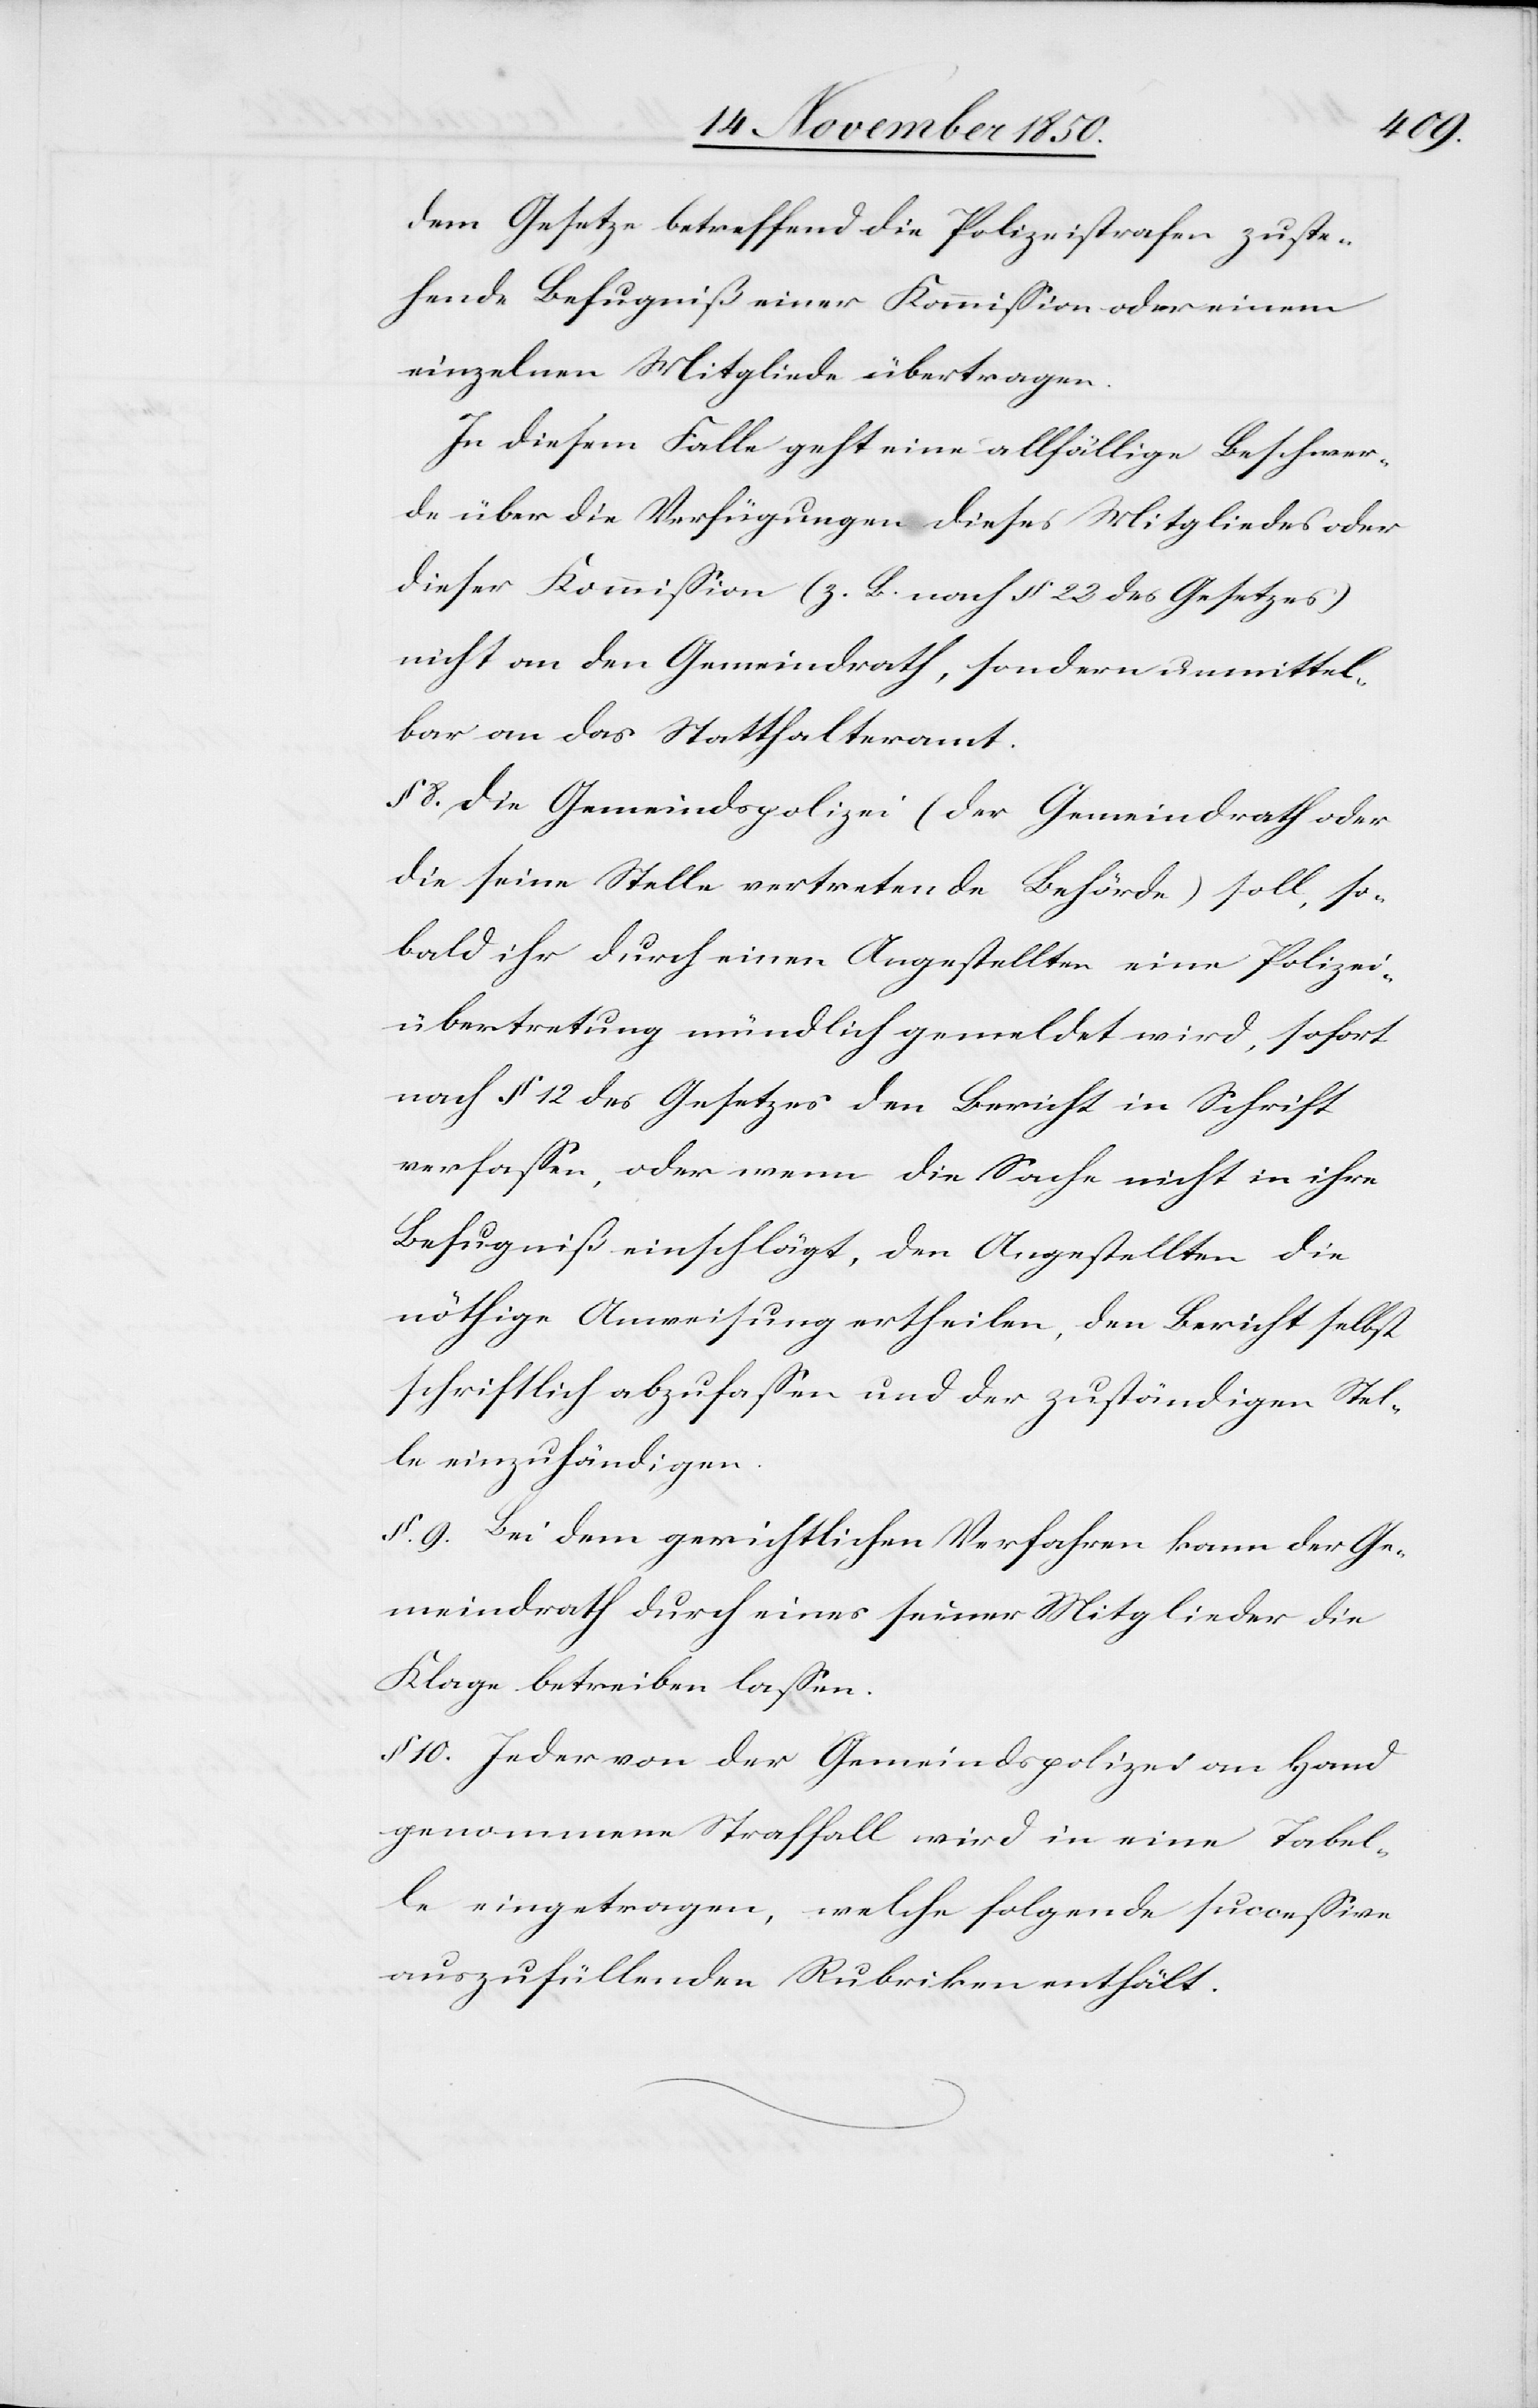
dem Gesetze betreffend die Polizeistrafen zuste¬
hende Befugniß einer Kommission oder einem
einzelnen Mitgliede übertragen.
In diesem Falle geht eine allfällige Beschwer¬
de über die Verfügungen dieses Mitgliedes oder
dieser Kommission (z. B. nach § 23 des Gesetzes)
nicht an den Gemeindrath, sondern unmittel¬
bar an das Statthalteramt.
§ 8. Die Gemeindspolizei (der Gemeindrath oder
die seine Stelle vertretende Behörde) soll, so¬
bald ihr durch einen Angestellten einen Polizei¬
übertretung mündlich gemeldet wird, sofort
nach § 12 des Gesetzes den Bericht in Schrift
verfassen, oder wenn die Sache nicht in ihre
Befugniß einschlägt, den Angestellten die
nöthige Anweisung ertheilen, den Bericht selbst
schriftlich abzufassen und der zuständigen Stel¬
le einzuhändigen.
§. 9. Bei dem gerichtlichen Verfahren kann der Ge¬
meindrath durch eines seiner Mitglieder die
Klage betreiben lassen.
§ 10. Jeder von der Gemeindspolizei an Hand
genommene Straffall wird in eine Tabel¬
le eingetragen, welche folgende successive
auszufüllenden Rubriken enthält.